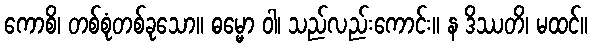
ကောစိ၊ တစ်စုံတစ်ခုသော။ ဓမ္မော ဝါ၊ သည်လည်းကောင်း။ န ဒိဿတိ၊ မထင်။